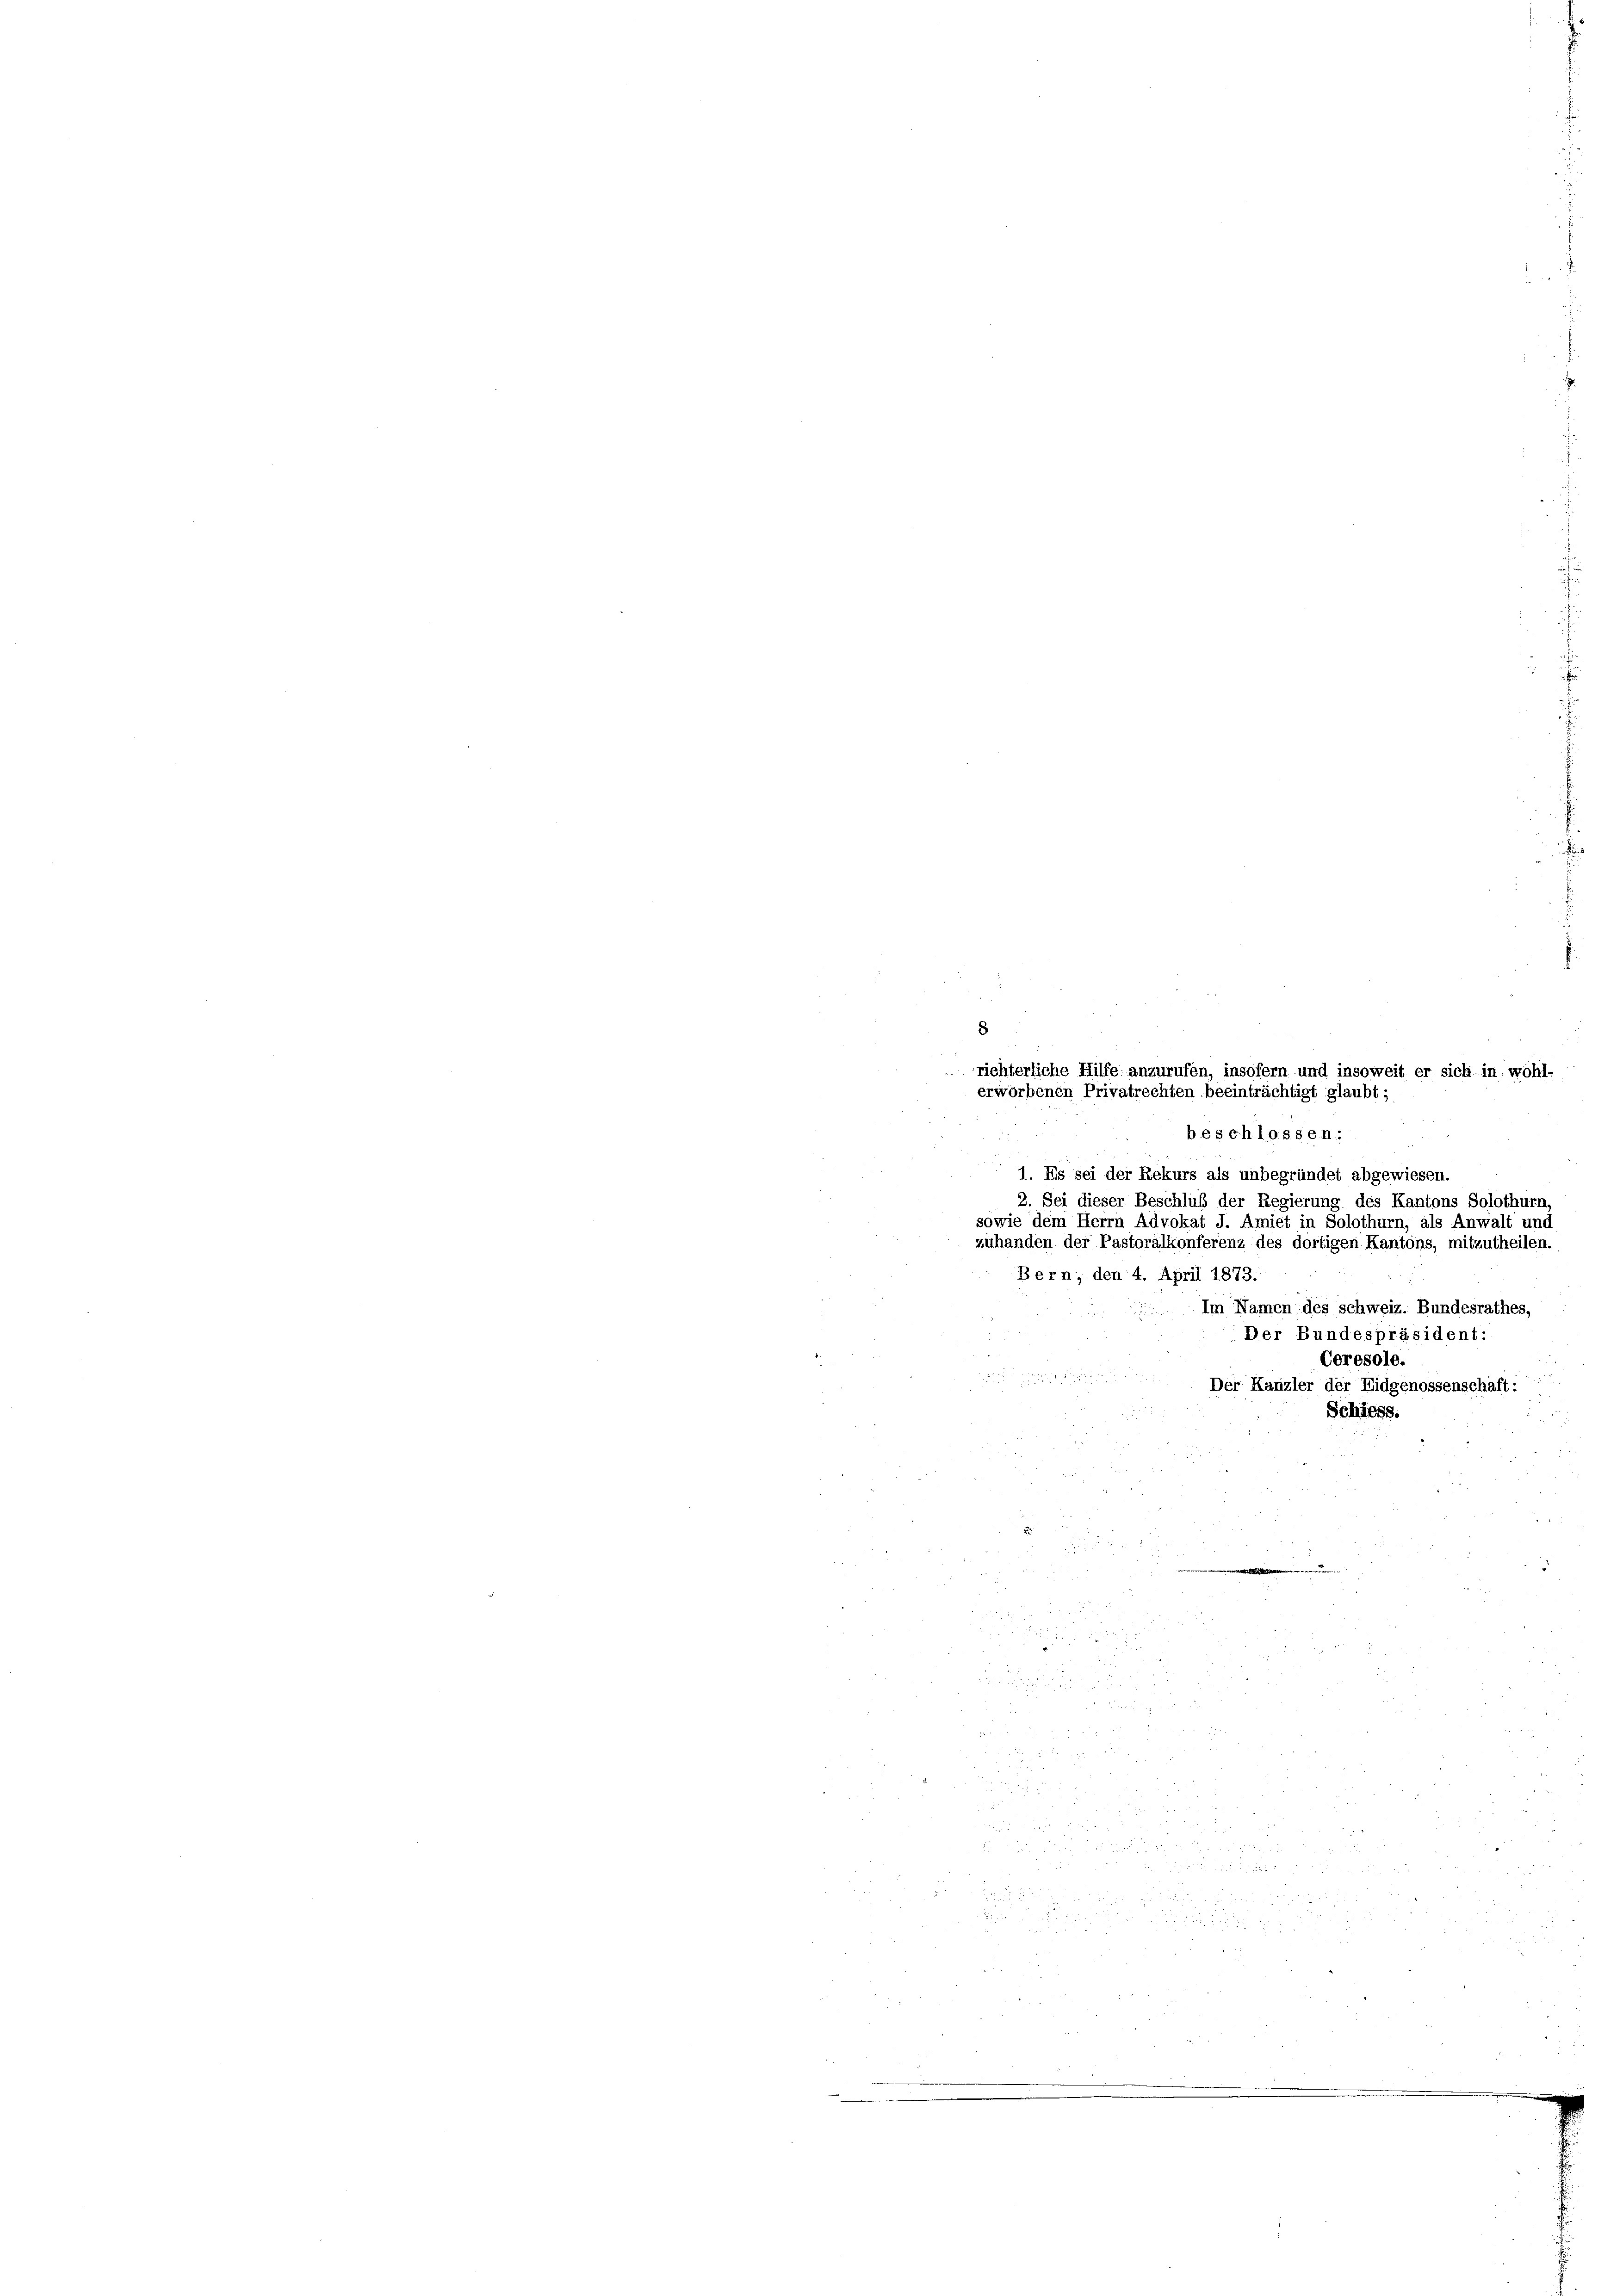
8
erworbenen Privatrechten beeinträchtigt glaubt;

richterliche Hilfe anzurufen, insofern und insoweit er sich in wohl-
beschlossen:
1. Es sei der Rekurs als unbegründet abgewiesen.
2. Sei dieser Beschluß der Regierung des Kantons Solothurn
sowie dem Herrn Advokat J. Amiet in Solothurn, als Anwalt und
zuhanden der Pastoralkonferenz des dortigen Kantons, mitzutheilen.
Bern, den 4. April 1873.
Im Namen des schweiz. Bundesrathes,
Der Bundespräsident:
Ceresole.
Der Kanzler der Eidgenossenschaft:
Schiess.